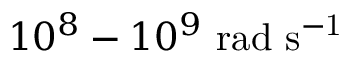
{ 1 0 ^ { 8 } - 1 0 ^ { 9 } \ \mathrm { r a d \ s ^ { - 1 } } }